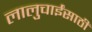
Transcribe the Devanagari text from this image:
लालुचाईंसाठीं